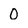
Character: 0